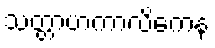
သတ္တာဟကာလိကေန